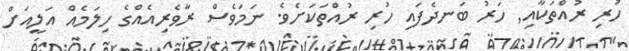
ހުރި ރުއްތަކާއި